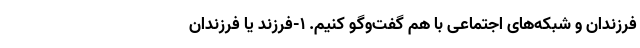
فرزندان و شبکه‌های اجتماعی با هم گفت‌وگو کنیم. 1-فرزند یا فرزندان